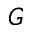
G